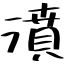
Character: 濆